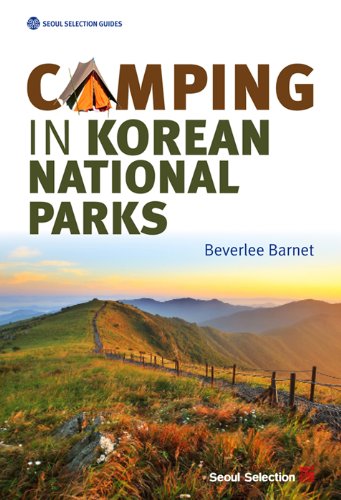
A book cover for Camping in Korean National Parks (Seoul Selection Guides); Beverlee Barnet; Travel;